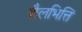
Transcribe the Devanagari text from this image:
शैलभित्ति